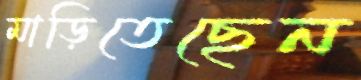
মাড়িতেছেন